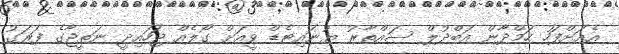
އެއަށްފަހު ހަމްދާން އަބްދުލް ސައްތާރު ޔުނައިޓެޑް ވީއަށް ގޯލެއް ޖަހައިދީ ނަތީޖާގެ ފަރަގު